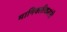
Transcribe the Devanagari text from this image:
मानिवलीकरांनी